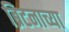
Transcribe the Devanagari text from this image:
ब्रिटनाच्या